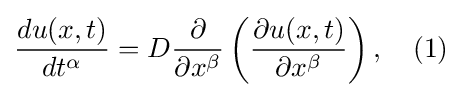
{\frac {du(x,t)}{dt^{\alpha }}}=D{\frac {\partial }{\partial x^{\beta }}}\left({\frac {\partial u(x,t)}{\partial x^{\beta }}}\right),\quad (1)